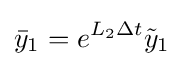
{\bar {y}}_{1}=e^{L_{2}\Delta t}{\tilde {y}}_{1}